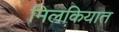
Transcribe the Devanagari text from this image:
मिलकियात